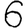
Digit: 6